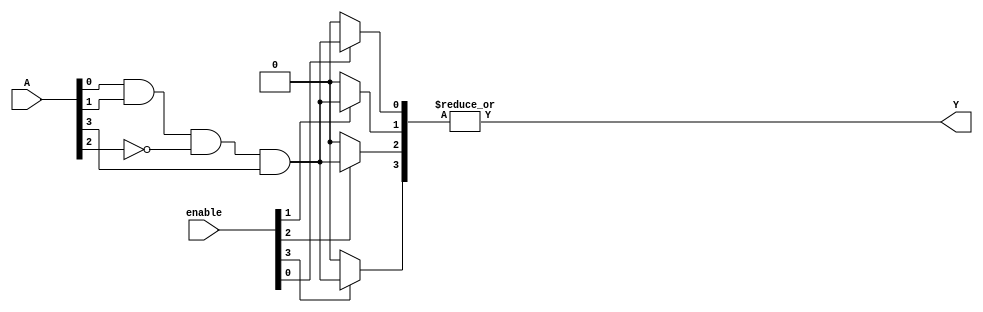
module GPAL #(
    parameter N = 4,  // Number of inputs
    parameter M = 4   // Number of product terms
)(
    input  wire [N-1:0] A,           // Inputs
    input  wire [M-1:0] enable,       // Enable signals for each product term
    output wire Y                     // Output
);

// Internal signals for product terms
wire [M-1:0] P;

// Generate product terms based on inputs and enable signals
genvar i;
generate
    for (i = 0; i < M; i = i + 1) begin : AND_ARRAY
        // Each product term can be programmed to include specific inputs
        // For simplicity, let's assume each product term can include any combination of inputs
        // This example uses a simple AND operation with the enable signal
        assign P[i] = enable[i] ? (A[0] & A[1] & ~A[2] & A[3]) : 1'b0; // Example logic
    end
endgenerate

// Fixed OR array to combine product terms
assign Y = |P;  // OR operation to combine all product terms

endmodule